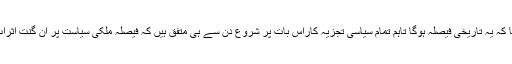
عدالت نے قرار دیا کہ یہ تاریخی فیصلہ ہوگا تاہم تمام سیاسی تجزیہ کاراِس بات پر شروع دن سے ہی متفق ہیں کہ فیصلہ ملکی سیاست پر ان گنت اثرات مرتب کرے گا۔